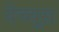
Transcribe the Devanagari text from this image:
येच्चूस